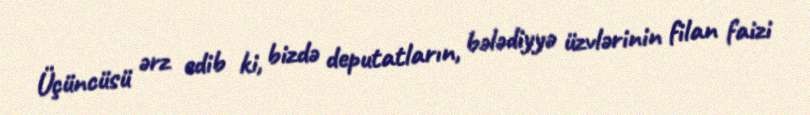
Üçüncüsü ərz edib ki, bizdə deputatların, bələdiyyə üzvlərinin filan faizi